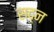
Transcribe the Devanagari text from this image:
सद्न